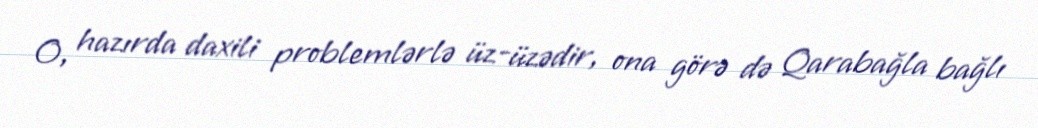
O, hazırda daxili problemlərlə üz-üzədir, ona görə də Qarabağla bağlı